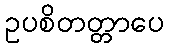
ဥပစိတတ္တာပေ